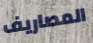
المصاريف